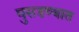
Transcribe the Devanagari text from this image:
घुसडण्यात